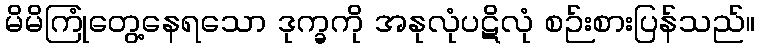
မိမိကြုံတွေ့နေရသော ဒုက္ခကို အနုလုံပဋိလုံ စဉ်းစားပြန်သည်။